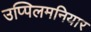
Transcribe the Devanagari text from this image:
उप्पिलमनियार